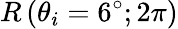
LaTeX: R\left(\theta_{i}=6^{\circ};2\pi\right)